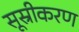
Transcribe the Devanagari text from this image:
सूस्रीकरण